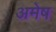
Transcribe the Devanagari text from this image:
अमेष